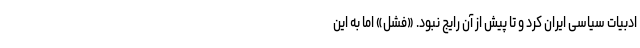
ادبیات سیاسی ایران کرد و تا پیش از آن رایج نبود. «فشل» اما به این